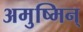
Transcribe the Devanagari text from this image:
अमुष्मिन्